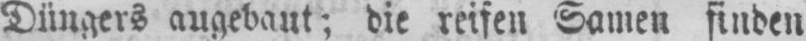
Düngers angebaut; die reifen Samen finden